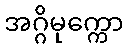
အဂ္ဂိမုက္ကော